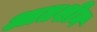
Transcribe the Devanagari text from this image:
आतशीन